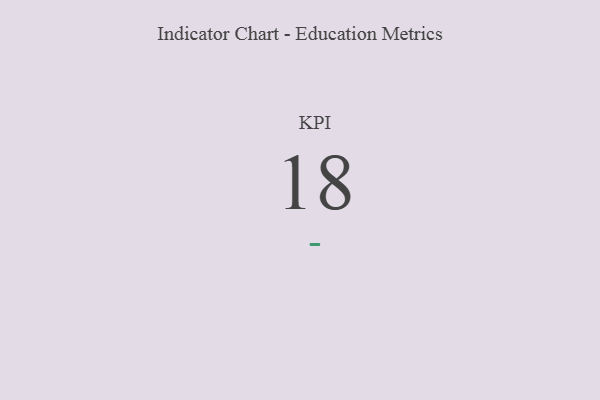
{"axis": {"x": "KPI", "y": "Value"}, "legend": [""], "data": [{"x": "KPI", "y": 18, "type": ""}]}